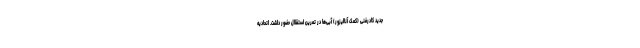
جدید کادرفنی (کمک آنالیزور) آبی‌ها در تمرین استقلال حضور داشت. اتحادیه